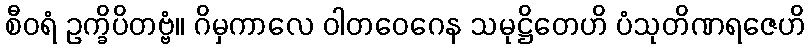
စီဝရံ ဥက္ခိပိတဗ္ဗံ။ ဂိမှကာလေ ဝါတဝေဂေန သမုဋ္ဌိတေဟိ ပံသုတိဏရဇေဟိ